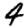
Digit: 4